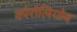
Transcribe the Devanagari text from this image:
कोरोलियोव